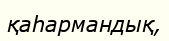
қаһармандық,